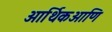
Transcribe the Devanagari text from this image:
आर्थिकआणि